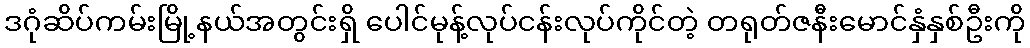
ဒဂုံဆိပ်ကမ်းမြို့နယ်အတွင်းရှိ ပေါင်မုန့်လုပ်ငန်းလုပ်ကိုင်တဲ့ တရုတ်ဇနီးမောင်နှံနှစ်ဦးကို